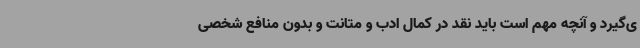
ی‌گیرد و آنچه مهم است باید نقد در کمال ادب و متانت و بدون منافع شخصی